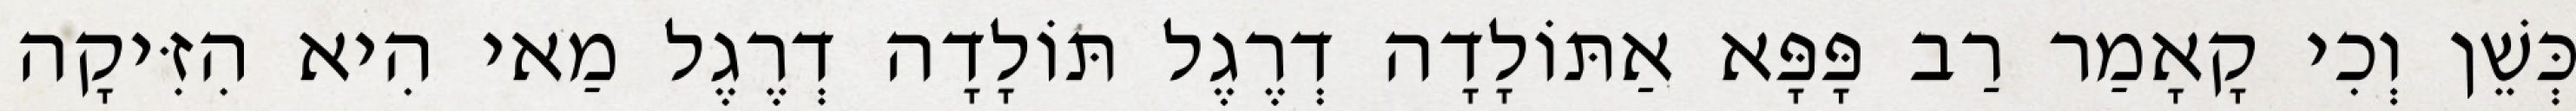
כְּשֵׁן וְכִי קָאָמַר רַב פָּפָּא אַתּוֹלָדָה דְרֶגֶל תּוֹלָדָה דְרֶגֶל מַאי הִיא הִזִּיקָה